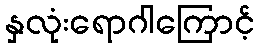
နှလုံးရောဂါကြောင့်